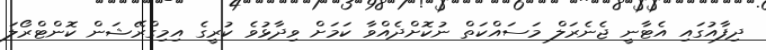
ދިފާއުގައި އެޓާނީ ޖެނެރަލް މަސައްކަތް ނުކޮށްދެއްވާ ކަމަށް ވިދާޅުވެ ކުރީގެ އިމިގްރޭޝަން ކޮންޓްރޯލަ